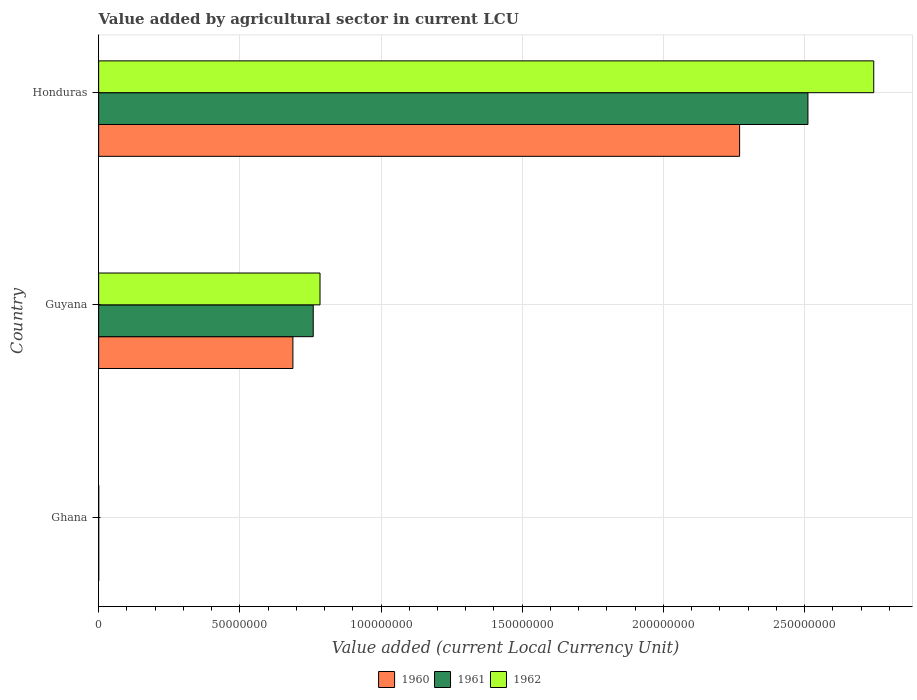
| Country | 1960 | 1961 | 1962 |
 | --- | --- | --- | --- |
 | Ghana | 3.55e+04 | 3.29e+04 | 3.74e+04 |
 | Guyana | 6.88e+07 | 7.6e+07 | 7.84e+07 |
 | Honduras | 2.27e+08 | 2.51e+08 | 2.74e+08 |